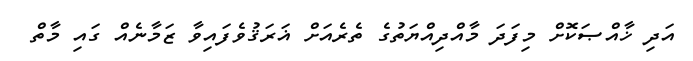
އަދި ޚާއްޞަކޮށް މިފަދަ މާއްދިއްޔަތުގެ ތެރެއަށް ޣަރަޤުވެފައިވާ ޒަމާނެއް ގައި މާތް